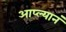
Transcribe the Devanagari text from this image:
आप्ल्यानं